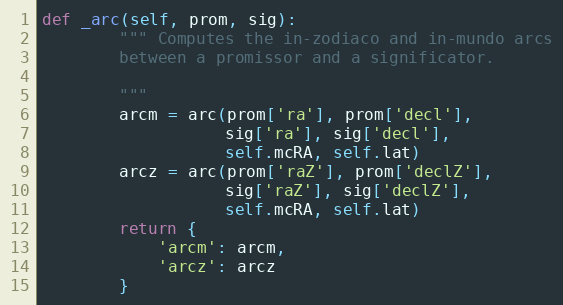
Language: Python
def _arc(self, prom, sig):
        """ Computes the in-zodiaco and in-mundo arcs
        between a promissor and a significator.

        """
        arcm = arc(prom['ra'], prom['decl'],
                   sig['ra'], sig['decl'],
                   self.mcRA, self.lat)
        arcz = arc(prom['raZ'], prom['declZ'],
                   sig['raZ'], sig['declZ'],
                   self.mcRA, self.lat)
        return {
            'arcm': arcm,
            'arcz': arcz
        }